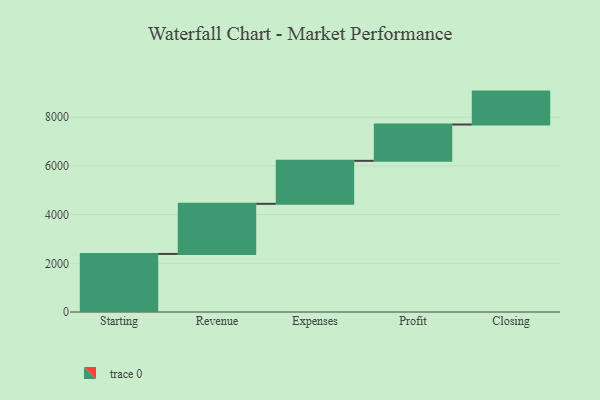
{"axis": {"x": "Step", "y": "Value"}, "legend": [""], "data": [{"x": "Starting", "y": 2385.0, "type": ""}, {"x": "Revenue", "y": 2058.0, "type": ""}, {"x": "Expenses", "y": 1765.0, "type": ""}, {"x": "Profit", "y": 1491.0, "type": ""}, {"x": "Closing", "y": 1352.0, "type": ""}]}